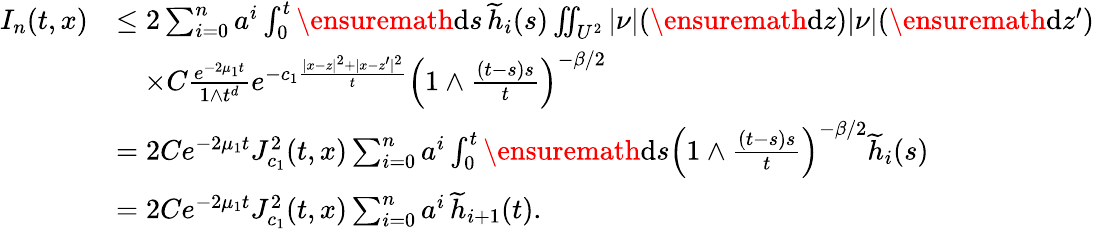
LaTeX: \begin{array}{rl}{I_{n}(t,x)}&{\le 2\sum_{i=0}^{n}a^{i}\int_{0}^{t}\ensuremath{\mathrm{d}}s\, \widetilde h_{i}(s)\iint_{U^{2}}|\nu|(\ensuremath{\mathrm{d}}z)|\nu|(\ensuremath{\mathrm{d}}z^{\prime})}\\ &{\quad\times C\frac{e^{-2\mu_{1}t}}{1\wedge t^{d}}e^{-c_{1}\frac{|x-z|^{2}+|x-z^{\prime}|^{2}}{t}}\left(1\wedge\frac{(t-s)s}{t}\right)^{-\beta/2}}\\ &{=2Ce^{-2\mu_{1}t}J_{c_{1}}^{2}(t,x)\sum_{i=0}^{n}a^{i}\int_{0}^{t}\ensuremath{\mathrm{d}}s\left(1\wedge\frac{(t-s)s}{t}\right)^{-\beta/2}\widetilde{h}_{i}(s)}\\ &{=2Ce^{-2\mu_{1}t}J_{c_{1}}^{2}(t,x)\sum_{i=0}^{n}a^{i}\, \widetilde h_{i+1}(t).}\end{array}